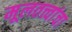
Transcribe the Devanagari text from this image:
मूलतत्त्वांचा